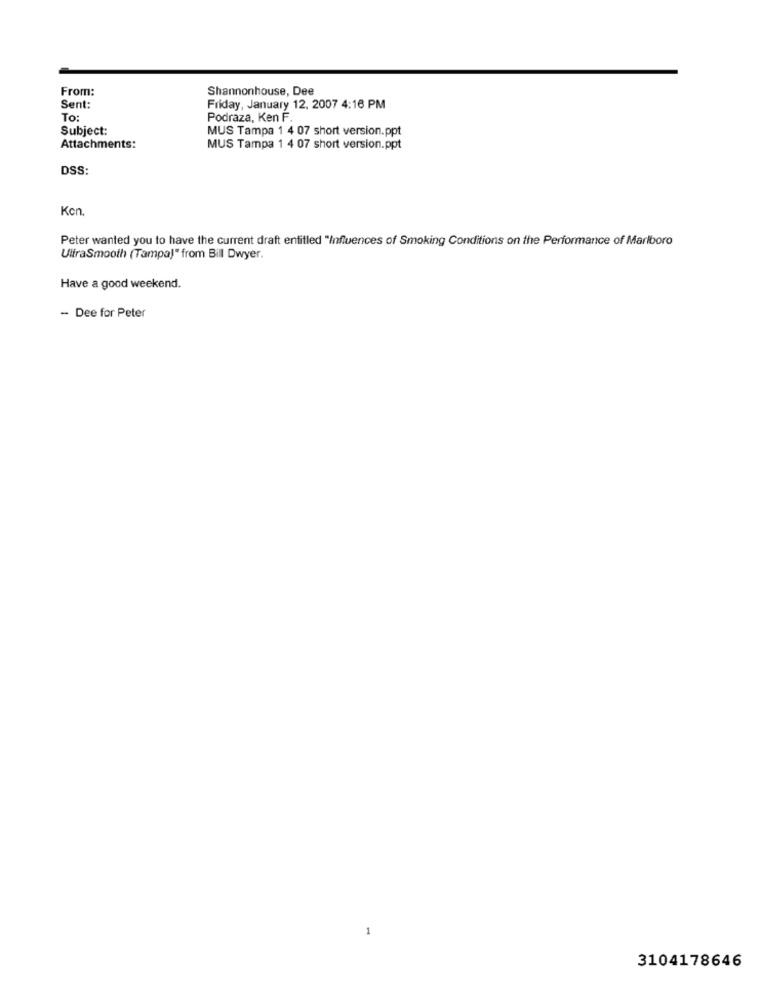
From:
Shannonhouse, Dee
Sent:
Friday, January 12. 2007 4:16 PM
To:
Podraza, Ken F.
Subject:
MUS Tampa 1 4 07 short version.ppt
Attachments:
MUS Tampa 1 4 07 short version.ppt
DSS:
Kon.
Peter wanted you to have the current draft entitled "Influences of Smoking Conditions on the Performance of Marlboro
UltraSmooth (Tampa)" from Bill Dwyer.
Have a good weekend.
- Dee for Peter
3104178646